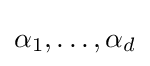
\alpha _{1},\ldots ,\alpha _{d}